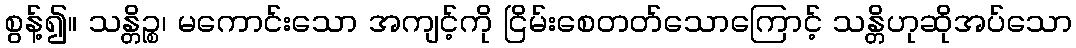
စွန့်၍။ သန္တိဉ္စ၊ မကောင်းသော အကျင့်ကို ငြိမ်းစေတတ်သောကြောင့် သန္တိဟုဆိုအပ်သော